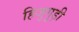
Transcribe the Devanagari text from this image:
हिजुगुड़ी